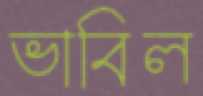
ভাবিল